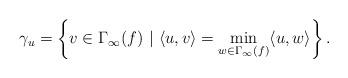
LaTeX: \begin{align*}\gamma_u = \left\{ v \in \Gamma_{\infty}(f) \ | \ \langle u , v \rangle = \min_{w \in \Gamma_{\infty}(f)} \langle u ,w \rangle \right\}. \end{align*}